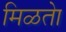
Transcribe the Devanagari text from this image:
मिळतेा